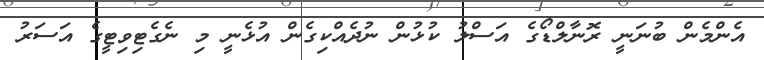
އެންމެން ބުނަނީ ރޮނާލްޑޯގެ އަސްލު ކުޅުން ނުދެއްކިގެން އުޅެނީ މި ނެގެޓިވިޓީގެ އަސަރު